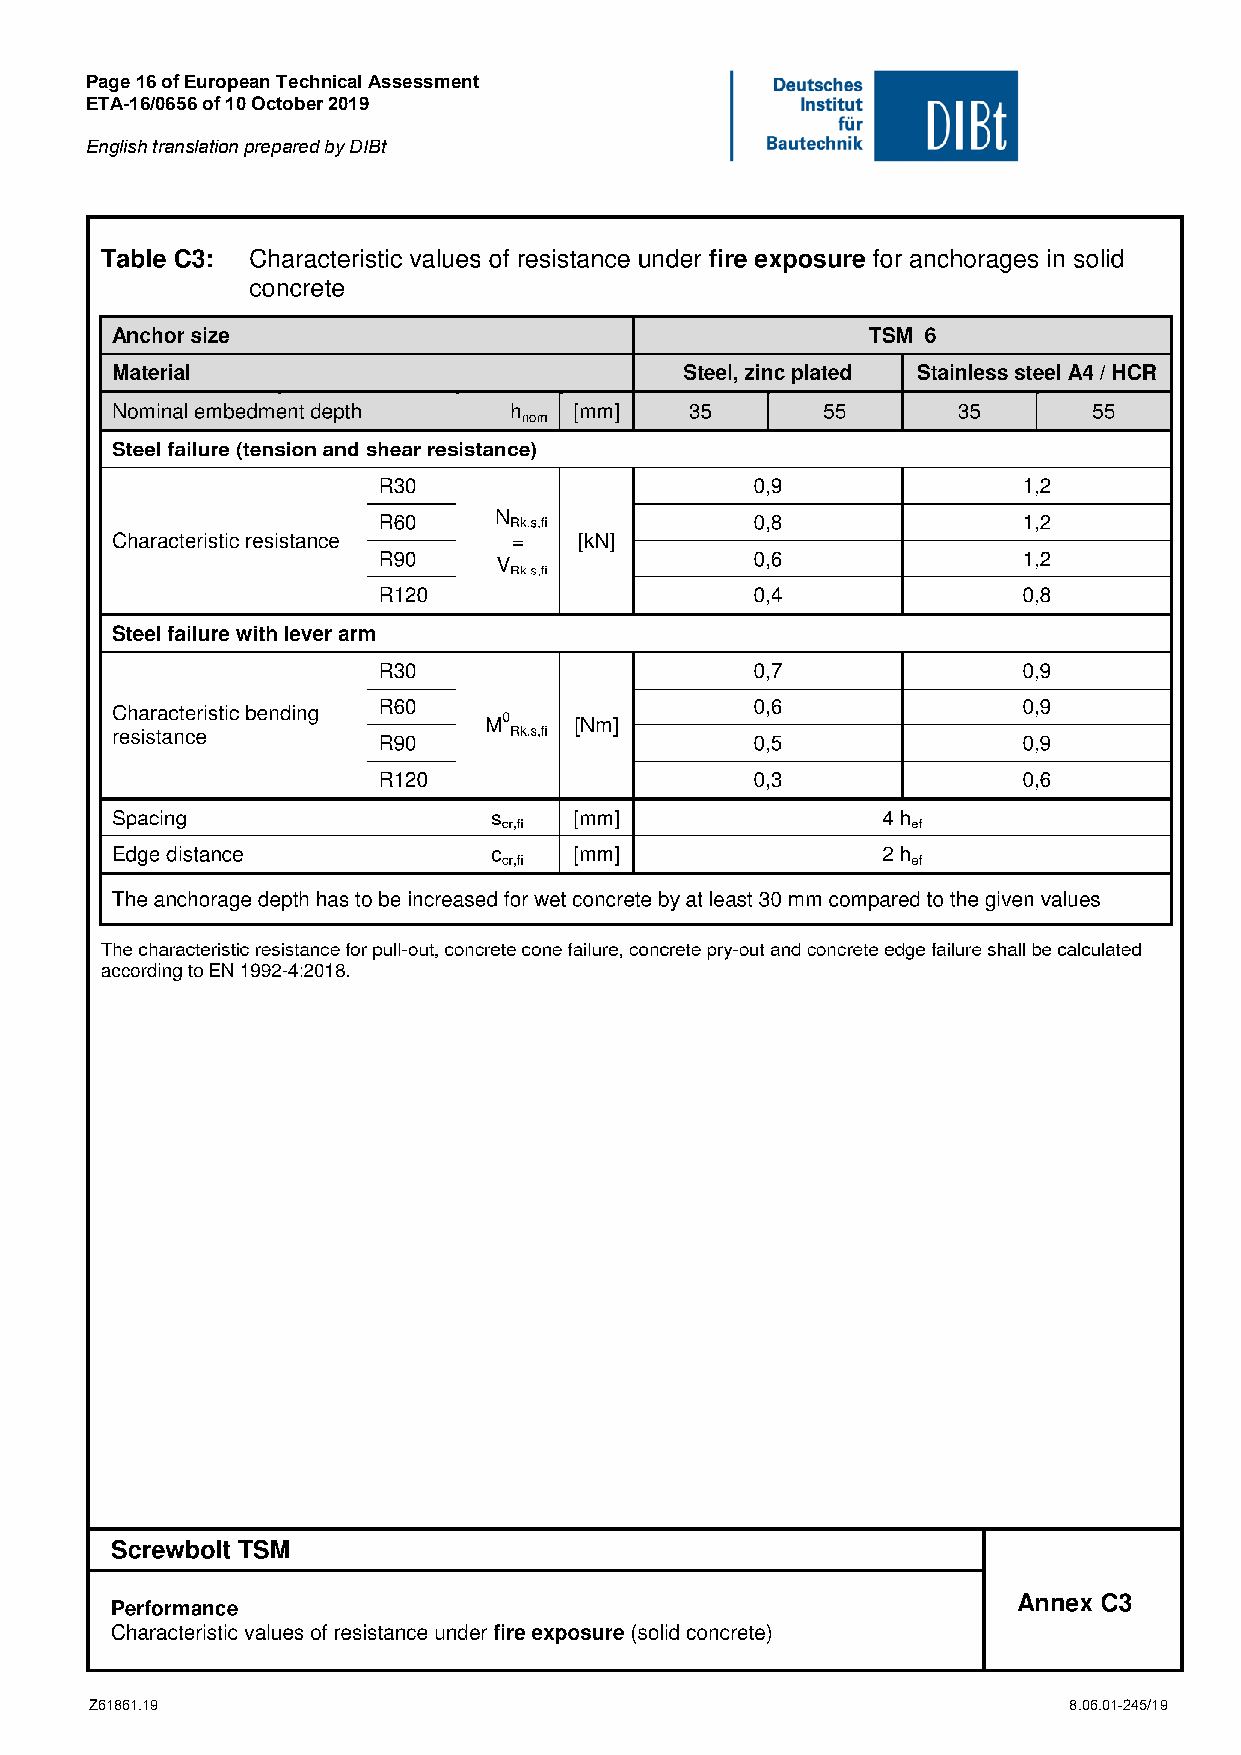
Page 16 of European Technical Assessment
 ETA-16/0656 of 10 October 2019
 English translation prepared by DIBt
 Z61861.19                                                        8.06.01-245/19